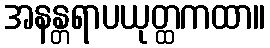
အနန္တရာပယုတ္ထကထာ။